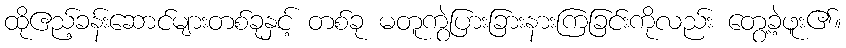
ထိုဧည့်ခန်းဆောင်များတစ်ခုနှင့် တစ်ခု မတူကွဲပြားခြားနားကြခြင်းကိုလည်း တွေ့ခဲ့ဖူး၏။